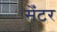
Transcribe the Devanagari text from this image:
सेँटर